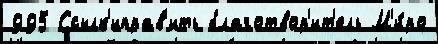
995 Ссылк'иправ'ить благотвор'ит'ель М'и́ро